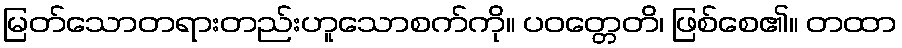
မြတ်သောတရားတည်းဟူသောစက်ကို။ ပဝတ္တေတိ၊ ဖြစ်စေ၏။ တထာ